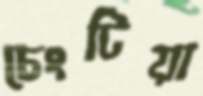
চেংটিয়া